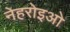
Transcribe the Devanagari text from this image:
नेहरोइओ